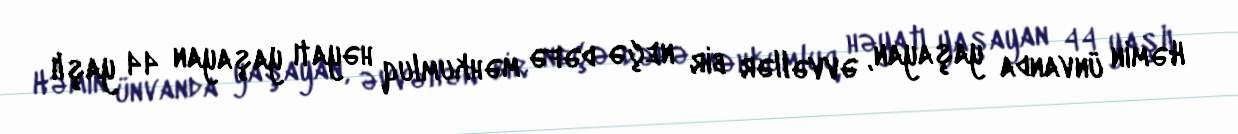
Həmin ünvanda yaşayan, əvvəllər bir neçə dəfə məhkumluq həyatı yaşayan 44 yaşlı